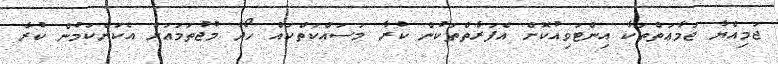
ޖަމިއްޔާ ޖަމާޢަތްތަކާ އިންޓަވިއުކޮށް އެފަރާތްތަކުން ކުރާ މަސައްކަތްކައް ހޯދާ މުޖުތަމަޢަށް އެކަންކަމުން ކުރާ